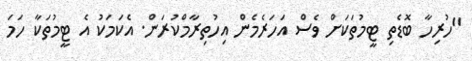
"ހުރިހާ ބޮޑެތި ޓީމުތަކަށް ވެެސް އަހަރެމެން އިހުތިރާމްކުރަން. އެކަމަކު އެ ޓީމުތަކާ ހަމަ